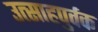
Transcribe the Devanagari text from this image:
उत्साहपुर्वक